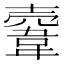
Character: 𩎲